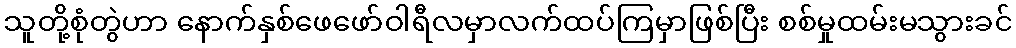
သူတို့စုံတွဲဟာ နောက်နှစ်ဖေဖော်ဝါရီလမှာလက်ထပ်ကြမှာဖြစ်ပြီး စစ်မှုထမ်းမသွားခင်